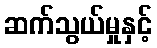
ဆက်သွယ်မှုနှင့်